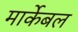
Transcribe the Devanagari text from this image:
मार्केबल